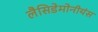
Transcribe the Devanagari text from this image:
लैसिडेमोनीयंस